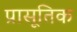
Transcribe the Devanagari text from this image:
प्रासूतिक